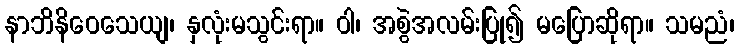
နာဘိနိဝေသေယျ၊ နှလုံးမသွင်းရာ။ ဝါ၊ အစွဲအလမ်းပြု၍ မပြောဆိုရာ။ သမညံ၊